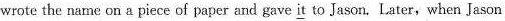
wrote the name on a piece of paper and gave \underline{it} to Jason. Later, when Jason